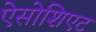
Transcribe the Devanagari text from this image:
ऐसोशिएट